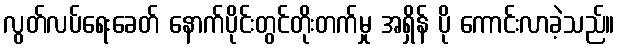
လွတ်လပ်ရေးခေတ် နောက်ပိုင်းတွင်တိုးတက်မှု အရှိန် ပို ကောင်းလာခဲ့သည်။